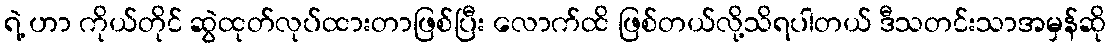
ရဲ့ ဟာ ကိုယ်တိုင် ဆွဲထုတ်လုပ်ထားတာဖြစ်ပြီး လောက်ထိ ဖြစ်တယ်လို့သိရပါတယ် ဒီသတင်းသာအမှန်ဆို